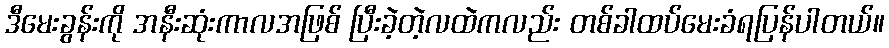
ဒီမေးခွန်းကို အနီးဆုံးကာလအဖြစ် ပြီးခဲ့တဲ့လထဲကလည်း တစ်ခါထပ်မေးခံရပြန်ပါတယ်။